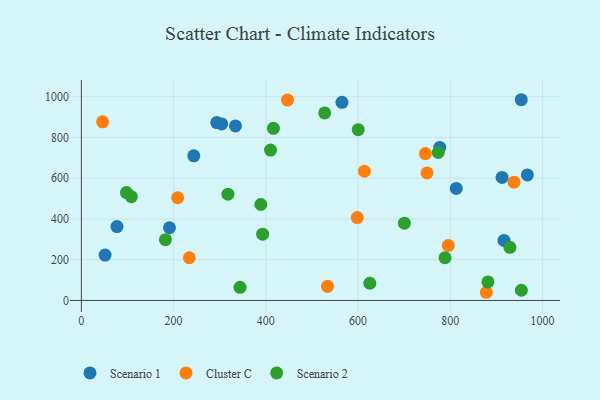
{"axis": {"x": "Speed", "y": "Profit"}, "legend": ["Cluster C", "Scenario 1", "Scenario 2"], "data": [{"x": "51.5", "y": 222.7, "type": "Scenario 1"}, {"x": "777.0", "y": 750.9, "type": "Scenario 1"}, {"x": "191.1", "y": 356.6, "type": "Scenario 1"}, {"x": "293.6", "y": 872.8, "type": "Scenario 1"}, {"x": "967.0", "y": 616.0, "type": "Scenario 1"}, {"x": "77.2", "y": 362.2, "type": "Scenario 1"}, {"x": "916.3", "y": 294.6, "type": "Scenario 1"}, {"x": "304.4", "y": 866.2, "type": "Scenario 1"}, {"x": "334.1", "y": 856.2, "type": "Scenario 1"}, {"x": "912.1", "y": 603.6, "type": "Scenario 1"}, {"x": "565.0", "y": 972.0, "type": "Scenario 1"}, {"x": "812.8", "y": 549.6, "type": "Scenario 1"}, {"x": "953.7", "y": 984.8, "type": "Scenario 1"}, {"x": "243.8", "y": 709.5, "type": "Scenario 1"}, {"x": "533.6", "y": 69.4, "type": "Cluster C"}, {"x": "208.9", "y": 503.8, "type": "Cluster C"}, {"x": "598.2", "y": 406.5, "type": "Cluster C"}, {"x": "749.4", "y": 625.6, "type": "Cluster C"}, {"x": "234.1", "y": 209.5, "type": "Cluster C"}, {"x": "446.9", "y": 983.3, "type": "Cluster C"}, {"x": "613.7", "y": 633.8, "type": "Cluster C"}, {"x": "938.1", "y": 580.4, "type": "Cluster C"}, {"x": "878.0", "y": 40.1, "type": "Cluster C"}, {"x": "795.5", "y": 269.5, "type": "Cluster C"}, {"x": "745.9", "y": 720.8, "type": "Cluster C"}, {"x": "46.1", "y": 876.6, "type": "Cluster C"}, {"x": "527.5", "y": 919.8, "type": "Scenario 2"}, {"x": "410.1", "y": 737.7, "type": "Scenario 2"}, {"x": "393.0", "y": 325.1, "type": "Scenario 2"}, {"x": "389.1", "y": 470.7, "type": "Scenario 2"}, {"x": "416.4", "y": 844.7, "type": "Scenario 2"}, {"x": "788.5", "y": 209.4, "type": "Scenario 2"}, {"x": "625.4", "y": 84.5, "type": "Scenario 2"}, {"x": "344.0", "y": 64.5, "type": "Scenario 2"}, {"x": "954.0", "y": 50.1, "type": "Scenario 2"}, {"x": "773.8", "y": 725.9, "type": "Scenario 2"}, {"x": "881.5", "y": 90.8, "type": "Scenario 2"}, {"x": "600.3", "y": 838.0, "type": "Scenario 2"}, {"x": "97.8", "y": 529.4, "type": "Scenario 2"}, {"x": "700.3", "y": 379.3, "type": "Scenario 2"}, {"x": "929.1", "y": 260.4, "type": "Scenario 2"}, {"x": "182.3", "y": 298.1, "type": "Scenario 2"}, {"x": "317.8", "y": 521.4, "type": "Scenario 2"}, {"x": "108.4", "y": 509.3, "type": "Scenario 2"}]}